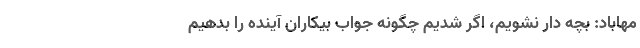
مهاباد: بچه دار نشویم، اگر شدیم چگونه جواب بیکاران آینده را بدهیم